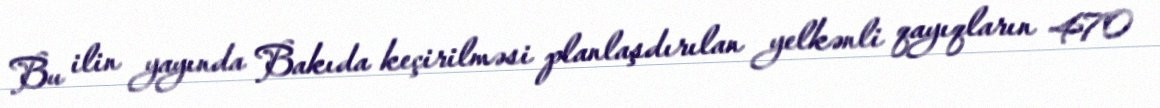
Bu ilin yayında Bakıda keçirilməsi planlaşdırılan yelkənli qayıqların 470